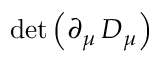
\operatorname* { d e t } \left( \partial _ { \mu } \, D _ { \mu } \right)